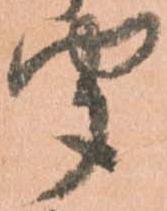
聞